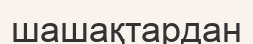
шашақтардан